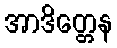
အာဒိတ္တေန